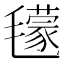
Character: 𣰥